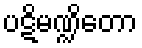
ပဋိမဏ္ဍိတော